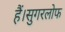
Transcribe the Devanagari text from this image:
हैं।सुगरलोफ